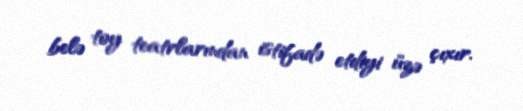
belə toy teatrlarından istifadə etdiyi üzə çıxır.